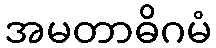
အမတာဓိဂမံ